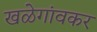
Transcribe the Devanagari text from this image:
खळेगांवकर